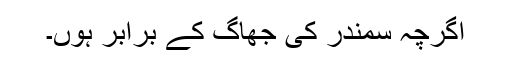
اگرچہ سمندر کی جھاگ کے برابر ہوں۔